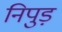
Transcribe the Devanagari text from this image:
निपुड़